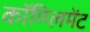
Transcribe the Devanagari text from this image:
कॉम्प्लिमेंट